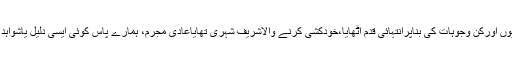
ہم نہیں جانتے کہ خودکشی کرنے والاشخص کون تھااُس نے کیوں اورکن وجوہات کی بناپرانتہائی قدم اُٹھایا،خودکشی کرنے والاشریف شہری تھایاعادی مجرم، ہمارے پاس کوئی ایسی دلیل یاشواہد نہیں کہ خودکشی کرنے والے کو بے گناہ یا گناہگارکہہ سکیں۔